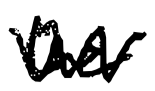
Text: the
Cross-out: zig-zag
Writing tool: digital_black